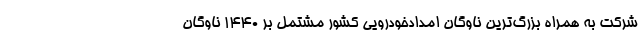
شرکت به همراه بزرگ‌ترین ناوگان امدادخودرویی کشور مشتمل بر ۱۴۴۰ ناوگان